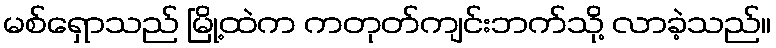
မစ်ရှောသည် မြို့ထဲက ကတုတ်ကျင်းဘက်သို့ လာခဲ့သည်။